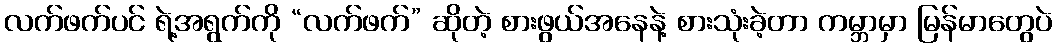
လက်ဖက်ပင် ရဲ့အရွက်ကို “လက်ဖက်” ဆိုတဲ့ စားဖွယ်အနေနဲ့ စားသုံးခဲ့တာ ကမ္ဘာမှာ မြန်မာတွေပဲ